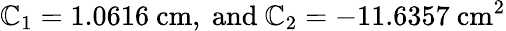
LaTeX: \mathbb{C}_{1}=1.0616\ \mathrm{{cm}},\ \mathrm{{and}}\ \mathbb{C}_{2}=-11.6357\ \mathrm{{cm}}^{2}